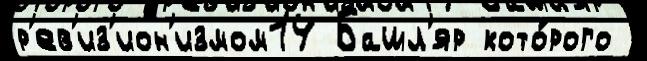
р'ев'из'ион'измом14 Башл'яр кото́рого